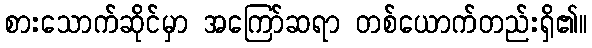
စားသောက်ဆိုင်မှာ အကြော်ဆရာ တစ်ယောက်တည်းရှိ၏။